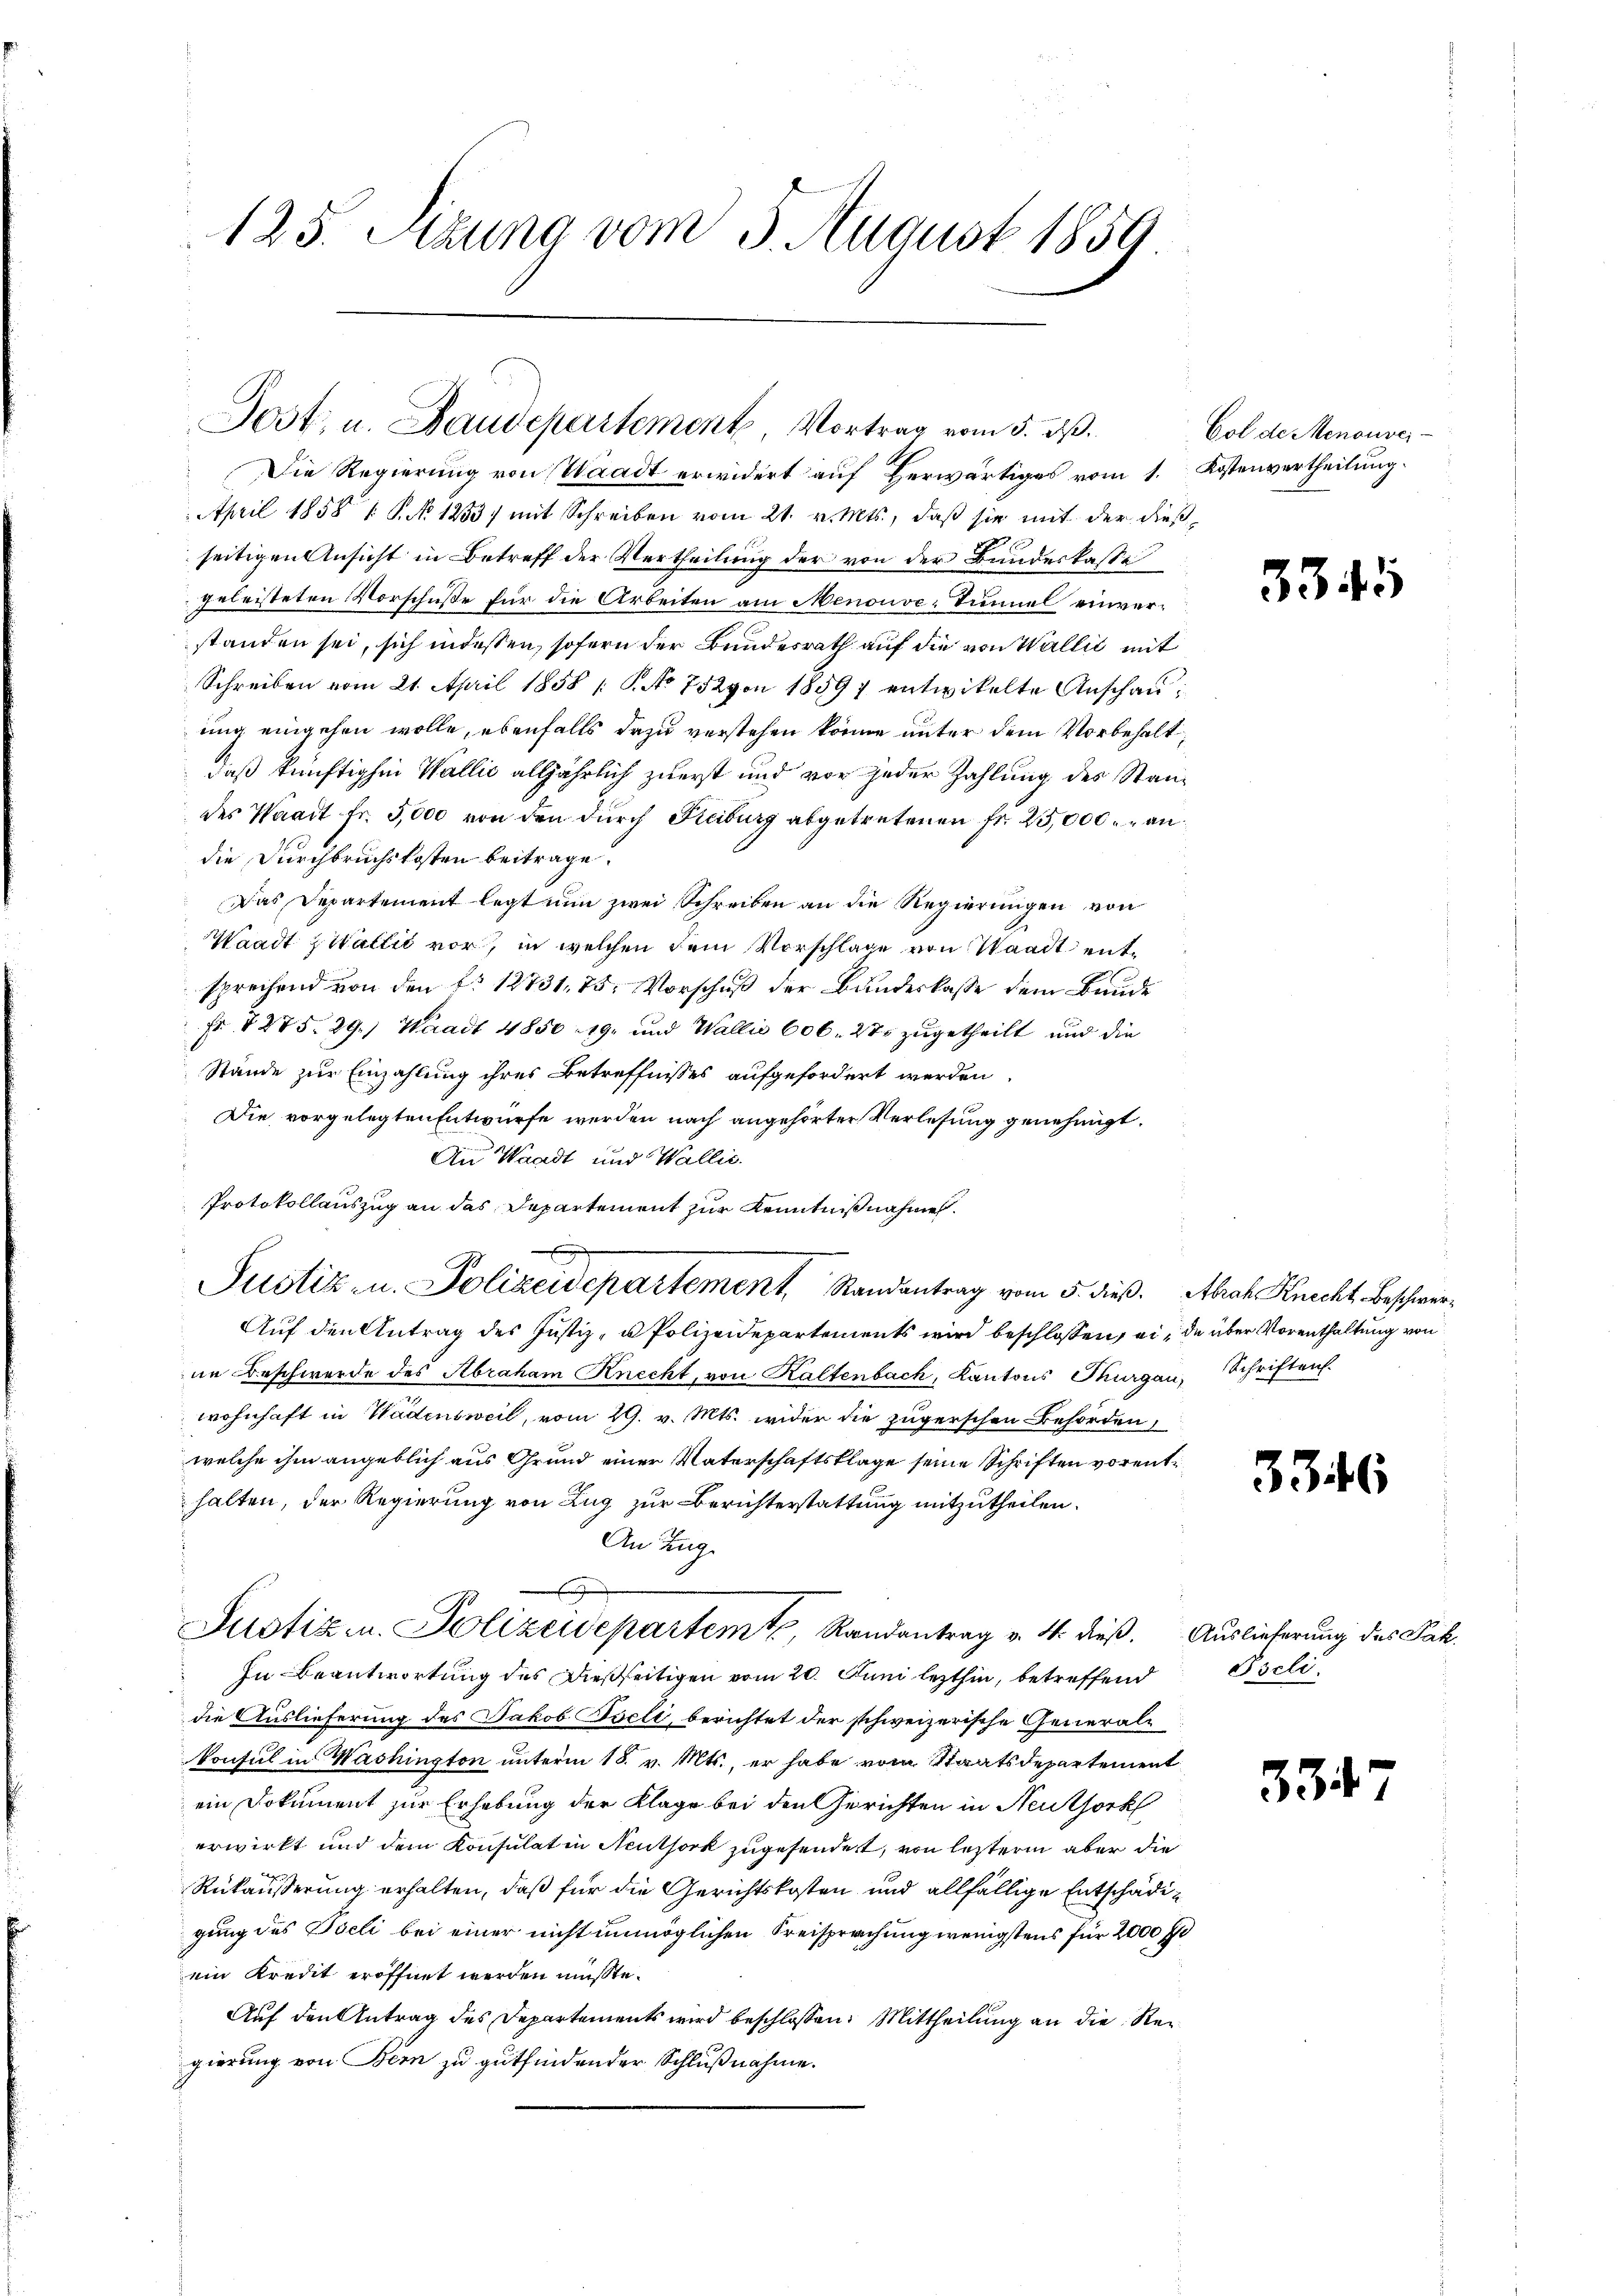
125. Sitzung vom 3. August 1859.

Jost, u. Baudepartement Vortrag vom 5. ds.

Die Regierung von Waadt erwidert auf Herwärtiges vom 1. Kostenvertheilung.
April 1858 1. P. No 1253) mit Schreiben vom 21. v. Mts., daß sie mit der dießseitigen Ansicht in Betreff der Vertheilung der von der Bundeskasse
geleisteten Vorschuße für die Arbeiten am Menouve-Tunnel einverstanden sei, sich indessen, sofern der Bundesrath auf die von Wallit mit
Schreiben vom 21. April 1858 / 5. No 752 von 18597 entwikelte Anschauung eingehen wolle, ebenfalls dazu verstehen könne unter dem Vorbehalt,
daß künftighin Wallić alljährlich zuerst und vor jeder Zahlung des Standes Waadt fr. 5,000 von den durch Keiburg abgetretenen Fr. 25,000 andie Durchbruchskosten beitrage.
Das Departement legt nun zwei Schreiben an die Regierungen von
Waadt z Wallić vor, in welchen dem Vorschlage von Waadt entsprechend von den No 12731. 75. Vorschuß der Banderlasse dem Bunde
Fr § 275. 29.) Waadt 4850 - 19. und Wallis 606. 27 zugetheilt und die
Stände zur Einzahlung ihres Betreffnisses aufgefordert werden.
Die vorgelegten Entwürfe werden nach angehörter Verlesung genehmigt.
An Waadt und Wallis.
Protokollauszug an das Departement zur Kenntnißnahmen.
Justiz- u. Polizeidepartement Randantrag vom 5. dieß. Abrah Knecht Beschwer¬
Auf den Antrag des Justiz- u Polizeidepartements wird beschlossen, ei, da über Vorenthaltung von
in Beschwerde des Abraham Knecht, von Kaltenbach, Kantons Thurgau, Schriften.
wohnhaft in Wädensweil, vom 29. v. Mts. wider die zugerschen Behörden,
welche ihm angeblich aus Grund einer Vaterschaftsklage seine Schriften vorenthalten, der Regierung von Zug zur Berichterstattung mitzutheilen.
An Zug
Justiz u. Polizeidepartemtz, Randantrag v. M. dieß. Auslieferung des Fak
In Beantwortung des Dießseitigen vom 20. Juni lezthin, betreffend
die Auslieferung des Jakob Iseli, berichtet der schweizerische Generalkonsul in Washington unterm 18. v. Mts., er habe vom Staatsdepartement
ein Dokument zur Erhebung der Klage bei den Gerichten in Neuthork
erwirkt und dem Konsulat in Neuthork zugesendet, von lezterm aber die
Rükäußerung erhalten, daß für die Gerichtskosten und allfällige Entschädigung des Iseli bei einer nicht unmöglichen Kreisprechung wenigstens für 2000 fl
ein Kredit eröffnet werden müßte.
Auf den Antrag des Departements wird beschlossen: Mittheilung an die Regierung von Bern zu gutfindender Schlußnahme.

Col de Menouver-

3345

3346

Bscli.

334